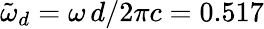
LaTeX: \tilde{\omega}_{d}=\omega\, d/2\pi c=0.517